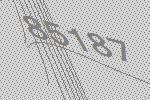
85187